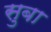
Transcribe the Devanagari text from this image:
सुबा